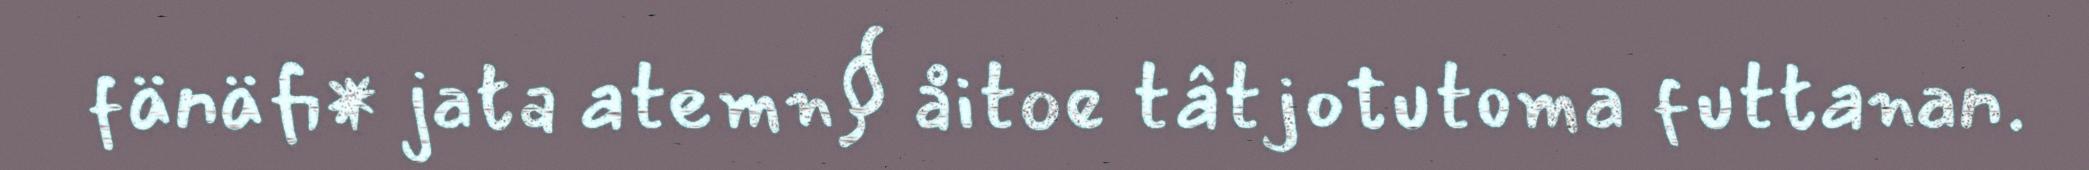
fänäfi* jata atemn§ åitoe tâtjotutoma futtanan.